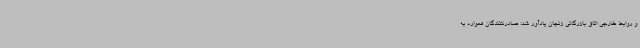
و روابط خارجی اتاق بازرگانی زنجان یادآور شد: صادرکنندگان همواره به